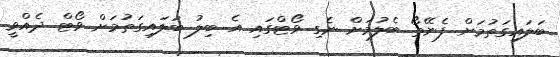
ބަލައިގަތުމަށް ފެނޭތޯ ބެލުމަށް ނެގި ވޯޓްގައި އެ ބިލު ބަލައިގަތުމަށް ވޯޓް ދެއްވީ